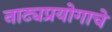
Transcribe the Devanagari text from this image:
नाट्यप्रयोगाचे